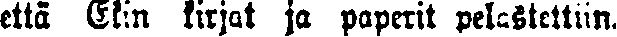
että Elin kirjat ja paperit pelastettiin.